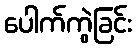
ပေါက်ကွဲခြင်း